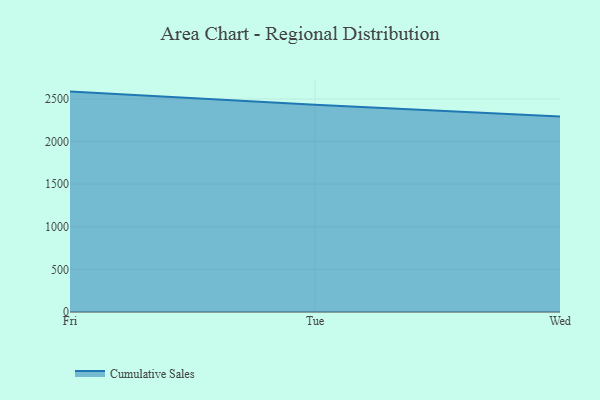
{"axis": {"x": "Day", "y": "Budget (USD K)"}, "legend": ["Cumulative Sales"], "data": [{"x": "Fri", "y": 2586.8, "type": "Cumulative Sales"}, {"x": "Tue", "y": 2432.7, "type": "Cumulative Sales"}, {"x": "Wed", "y": 2294.4, "type": "Cumulative Sales"}]}